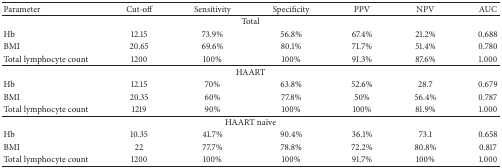
<table><thead><tr><td><b>Parameter </b></td><td><b>Cut-off</b></td><td><b>Sensitivity</b></td><td><b>Specificity</b></td><td><b>PPV</b></td><td><b>NPV</b></td><td><b>AUC</b></td></tr></thead><tbody><tr><td colspan="7">Total</td></tr><tr><td>Hb</td><td>12.15</td><td>73.9%</td><td>56.8%</td><td>67.4%</td><td>21.2%</td><td>0.688</td></tr><tr><td>BMI</td><td>20.65</td><td>69.6%</td><td>80.1%</td><td>71.7%</td><td>51.4%</td><td>0.780</td></tr><tr><td>Total lymphocyte count</td><td>1200</td><td>100%</td><td>100%</td><td>91.3%</td><td>87.6%</td><td>1.000</td></tr><tr><td colspan="7">HAART</td></tr><tr><td>Hb</td><td>12.15</td><td>70%</td><td>63.8%</td><td>52.6%</td><td>28.7</td><td>0.679</td></tr><tr><td>BMI</td><td>20.35</td><td>60%</td><td>77.8%</td><td>50%</td><td>56.4%</td><td>0.787</td></tr><tr><td>Total lymphocyte count</td><td>1219</td><td>90%</td><td>100%</td><td>100%</td><td>81.9%</td><td>1.000</td></tr><tr><td colspan="7">HAART naïve</td></tr><tr><td>Hb</td><td>10.35</td><td>41.7%</td><td>90.4%</td><td>36.1%</td><td>73.1</td><td>0.658</td></tr><tr><td>BMI</td><td>22</td><td>77.7%</td><td>78.8%</td><td>72.2%</td><td>80.8%</td><td>0.817</td></tr><tr><td>Total lymphocyte count</td><td>1200</td><td>100%</td><td>100%</td><td>91.7%</td><td>100%</td><td>1.000</td></tr></tbody></table>